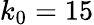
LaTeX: k_{0}=15